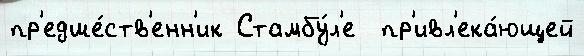
пр'едше́ств'енн'ик Стамбу́л'е  пр'ивл'ека́ющей